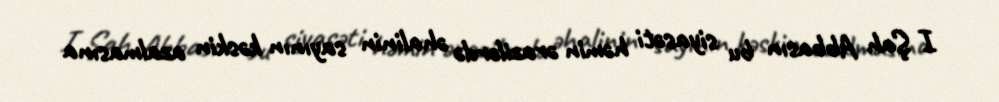
I Şah Abbasın bu siyasəti həmin ərazilərdə əhalinin sayının kəskin azalmasına